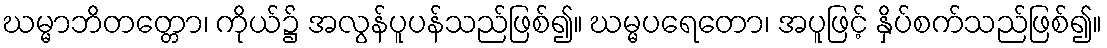
ဃမ္မာဘိတတ္တော၊ ကိုယ်၌ အလွန်ပူပန်သည်ဖြစ်၍။ ဃမ္မပရေတော၊ အပူဖြင့် နှိပ်စက်သည်ဖြစ်၍။